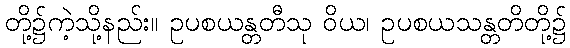
တို့၌ကဲ့သို့နည်း။ ဥပစယန္တတီသု ဝိယ၊ ဥပစယသန္တတိတို့၌